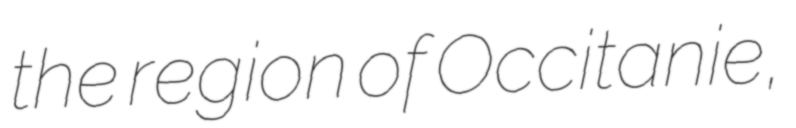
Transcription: the region of Occitanie,